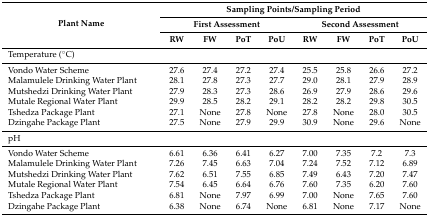
| <ROWSPAN=3> Plant Name | <COLSPAN=8> Sampling Points/Sampling Period |
 | <COLSPAN=4> First Assessment | <COLSPAN=4> Second Assessment |
 | RW | FW | PoT | PoU | RW | FW | PoT | PoU |
 | --- | --- | --- | --- | --- | --- | --- | --- | --- |
 | <COLSPAN=9> Temperature (°C) |
 | Vondo Water Scheme | 27.6 | 27.4 | 27.2 | 27.4 | 25.5 | 25.8 | 26.6 | 27.2 |
 | Malamulele Drinking Water Plant | 28.1 | 27.8 | 27.3 | 27.7 | 29.0 | 28.1 | 27.9 | 28.9 |
 | Mutshedzi Drinking Water Plant | 27.9 | 28.3 | 27.3 | 28.6 | 26.9 | 27.9 | 28.6 | 29.6 |
 | Mutale Regional Water Plant | 29.9 | 28.5 | 28.2 | 29.1 | 28.2 | 28.2 | 29.8 | 30.5 |
 | Tshedza Package Plant | 27.1 | None | 27.8 | None | 27.8 | None | 28.0 | 30.5 |
 | Dzingahe Package Plant | 27.5 | None | 27.9 | 29.9 | 30.9 | None | 29.6 | None |
 | <COLSPAN=9> pH |
 | Vondo Water Scheme | 6.61 | 6.36 | 6.41 | 6.27 | 7.00 | 7.35 | 7.2 | 7.3 |
 | Malamulele Drinking Water Plant | 7.26 | 7.45 | 6.63 | 7.04 | 7.24 | 7.52 | 7.12 | 6.89 |
 | Mutshedzi Drinking Water Plant | 7.62 | 6.51 | 7.55 | 6.85 | 7.49 | 6.43 | 7.20 | 7.47 |
 | Mutale Regional Water Plant | 7.54 | 6.45 | 6.64 | 6.76 | 7.60 | 7.35 | 6.20 | 7.60 |
 | Tshedza Package Plant | 6.81 | None | 7.97 | 6.99 | 7.00 | None | 7.65 | 7.60 |
 | Dzingahe Package Plant | 6.38 | None | 6.74 | None | 6.81 | None | 7.17 | None |